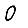
Digit: 0